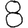
Digit: 8